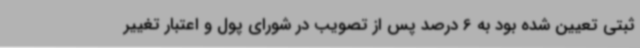
ثبتی تعیین شده بود به 6 درصد پس از تصویب در شورای پول و اعتبار تغییر